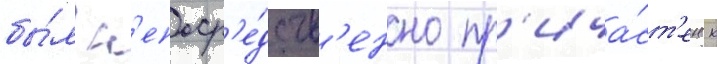
бы́л н'епоср'е́дств'енно пр'ича́ст'ен к